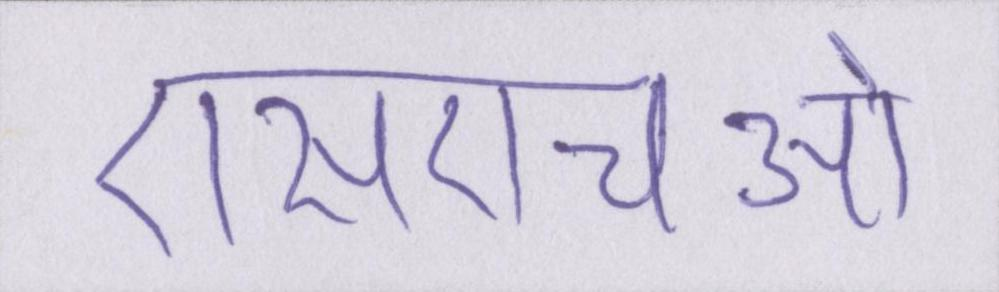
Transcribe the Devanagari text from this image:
एसएचओ